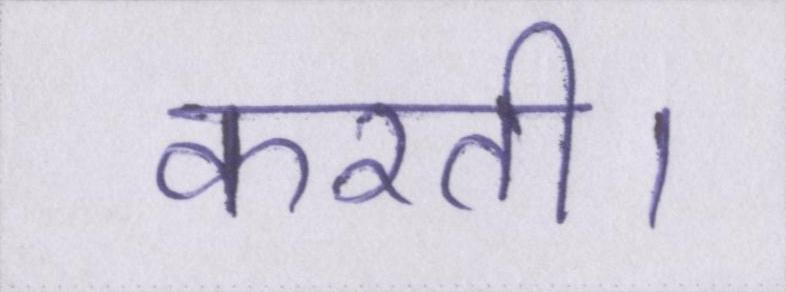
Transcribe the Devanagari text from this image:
करती।